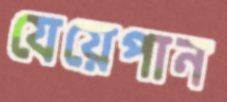
যেয়েপান